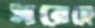
সরেছে